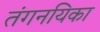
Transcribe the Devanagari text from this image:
तंगनयिका